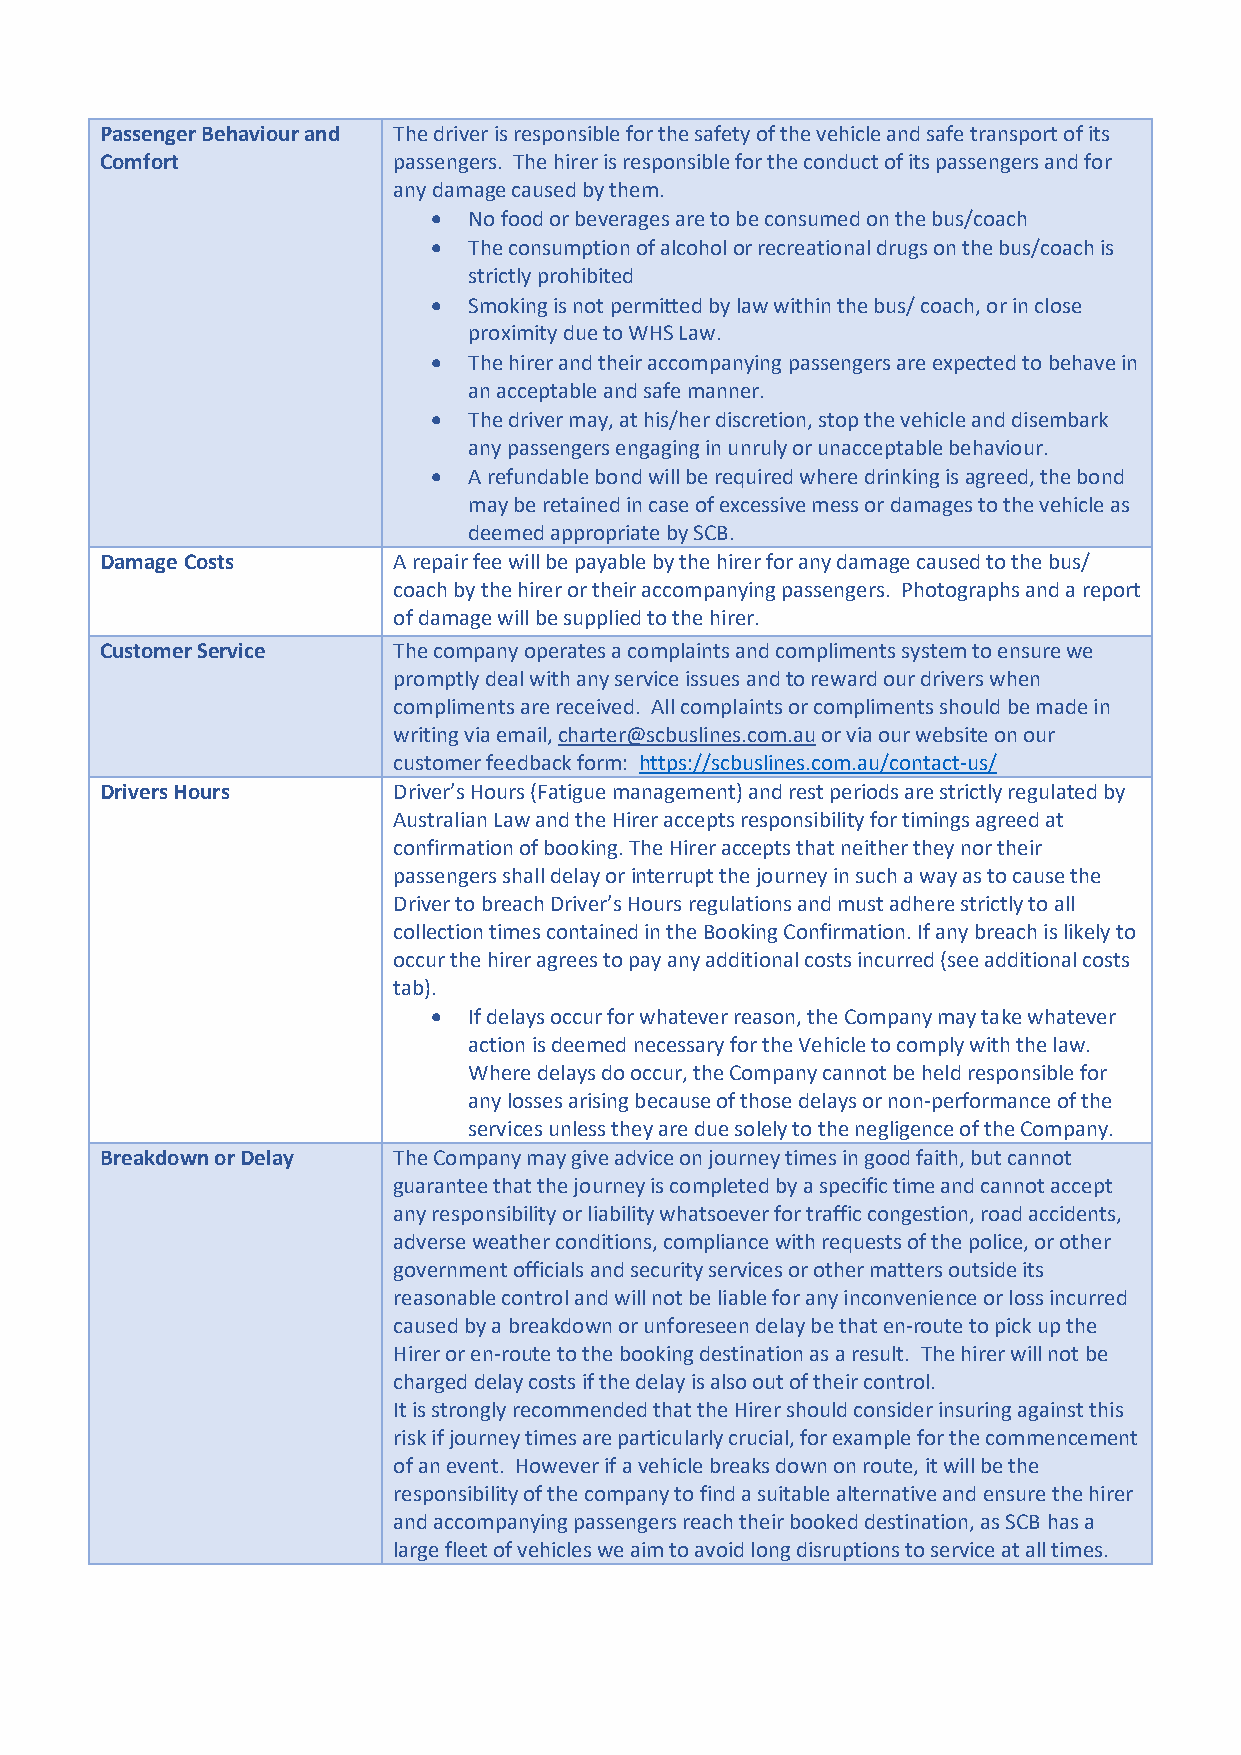
Passenger Behaviour and The driver is responsible for the safety of the vehicle and safe transport of its
 Comfort            passengers. The hirer is responsible for the conduct of its passengers and for
 any damage caused by them.
 • No food or beverages are to be consumed on the bus/coach
 • The consumption of alcohol or recreational drugs on the bus/coach is
 strictly prohibited
 • Smoking is not permitted by law within the bus/ coach, or in close
 proximity due to WHS Law.
 • The hirer and their accompanying passengers are expected to behave in
 an acceptable and safe manner.
 • The driver may, at his/her discretion, stop the vehicle and disembark
 any passengers engaging in unruly or unacceptable behaviour.
 • A refundable bond will be required where drinking is agreed, the bond
 may be retained in case of excessive mess or damages to the vehicle as
 deemed appropriate by SCB.
 Damage Costs       A repair fee will be payable by the hirer for any damage caused to the bus/
 coach by the hirer or their accompanying passengers. Photographs and a report
 of damage will be supplied to the hirer.
 Customer Service   The company operates a complaints and compliments system to ensure we
 promptly deal with any service issues and to reward our drivers when
 compliments are received. All complaints or compliments should be made in
 writing via email, charter@scbuslines.com.au or via our website on our
 customer feedback form: https://scbuslines.com.au/contact-us/
 Drivers Hours      Driver’s Hours (Fatigue management) and rest periods are strictly regulated by
 Australian Law and the Hirer accepts responsibility for timings agreed at
 confirmation of booking. The Hirer accepts that neither they nor their
 passengers shall delay or interrupt the journey in such a way as to cause the
 Driver to breach Driver’s Hours regulations and must adhere strictly to all
 collection times contained in the Booking Confirmation. If any breach is likely to
 occur the hirer agrees to pay any additional costs incurred (see additional costs
 tab).
 • If delays occur for whatever reason, the Company may take whatever
 action is deemed necessary for the Vehicle to comply with the law.
 Where delays do occur, the Company cannot be held responsible for
 any losses arising because of those delays or non-performance of the
 services unless they are due solely to the negligence of the Company.
 Breakdown or Delay The Company may give advice on journey times in good faith, but cannot
 guarantee that the journey is completed by a specific time and cannot accept
 any responsibility or liability whatsoever for traffic congestion, road accidents,
 adverse weather conditions, compliance with requests of the police, or other
 government officials and security services or other matters outside its
 reasonable control and will not be liable for any inconvenience or loss incurred
 caused by a breakdown or unforeseen delay be that en-route to pick up the
 Hirer or en-route to the booking destination as a result. The hirer will not be
 charged delay costs if the delay is also out of their control.
 It is strongly recommended that the Hirer should consider insuring against this
 risk if journey times are particularly crucial, for example for the commencement
 of an event. However if a vehicle breaks down on route, it will be the
 responsibility of the company to find a suitable alternative and ensure the hirer
 and accompanying passengers reach their booked destination, as SCB has a
 large fleet of vehicles we aim to avoid long disruptions to service at all times.